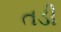
તડી